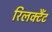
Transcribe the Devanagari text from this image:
रिलक्टैंट